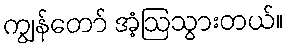
ကျွန်တော် အံ့ဩသွားတယ်။